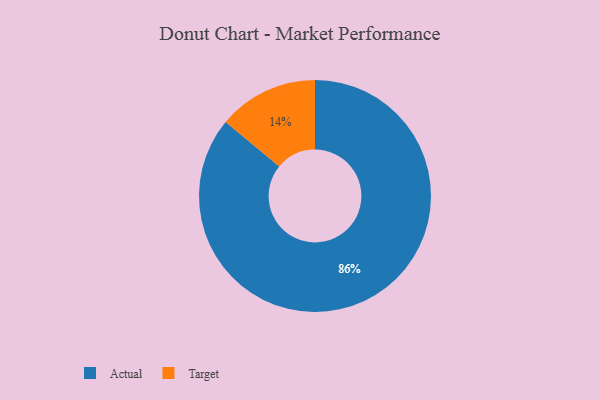
{"axis": {"x": "Category", "y": "Percentage"}, "legend": ["Actual", "Target"], "data": [{"x": "Actual", "y": 86, "type": "Actual"}, {"x": "Target", "y": 14, "type": "Target"}]}